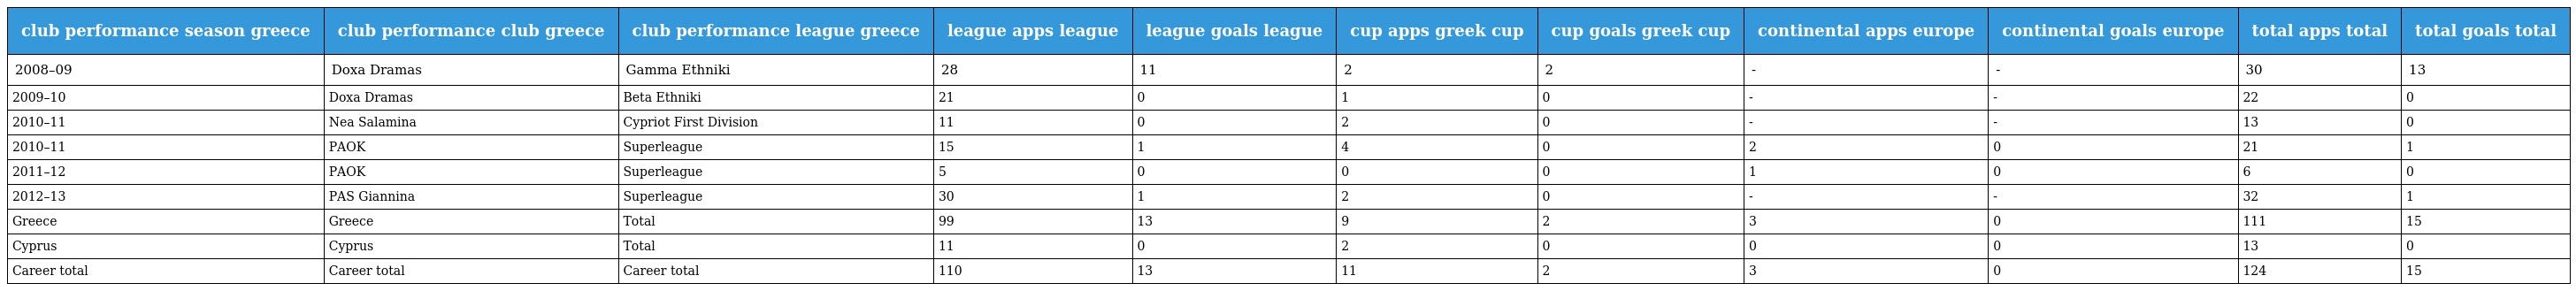
| club performance season greece | club performance club greece | club performance league greece | league apps league | league goals league | cup apps greek cup | cup goals greek cup | continental apps europe | continental goals europe | total apps total | total goals total |
 | --- | --- | --- | --- | --- | --- | --- | --- | --- | --- | --- |
 | 2008–09 | Doxa Dramas | Gamma Ethniki | 28 | 11 | 2 | 2 | - | - | 30 | 13 |
 | 2009–10 | Doxa Dramas | Beta Ethniki | 21 | 0 | 1 | 0 | - | - | 22 | 0 |
 | 2010–11 | Nea Salamina | Cypriot First Division | 11 | 0 | 2 | 0 | - | - | 13 | 0 |
 | 2010–11 | PAOK | Superleague | 15 | 1 | 4 | 0 | 2 | 0 | 21 | 1 |
 | 2011–12 | PAOK | Superleague | 5 | 0 | 0 | 0 | 1 | 0 | 6 | 0 |
 | 2012–13 | PAS Giannina | Superleague | 30 | 1 | 2 | 0 | - | - | 32 | 1 |
 | Greece | Greece | Total | 99 | 13 | 9 | 2 | 3 | 0 | 111 | 15 |
 | Cyprus | Cyprus | Total | 11 | 0 | 2 | 0 | 0 | 0 | 13 | 0 |
 | Career total | Career total | Career total | 110 | 13 | 11 | 2 | 3 | 0 | 124 | 15 |